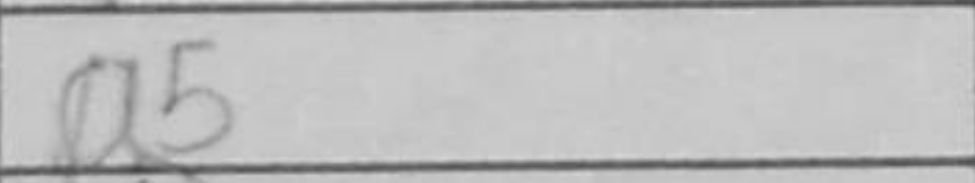
Transcription: a5